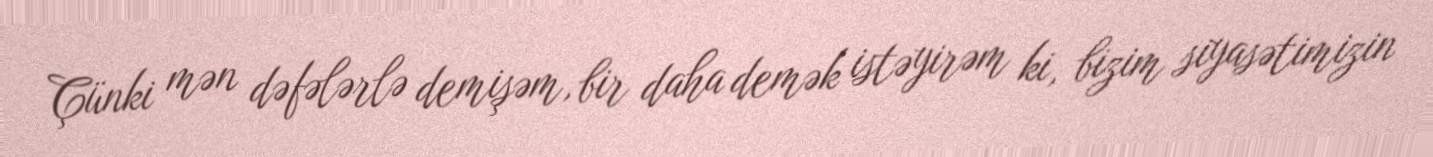
Çünki mən dəfələrlə demişəm, bir daha demək istəyirəm ki, bizim siyasətimizin